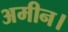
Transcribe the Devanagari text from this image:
अमीन।